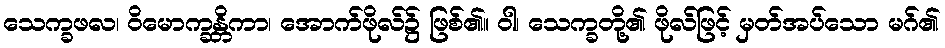
သေက္ခဖလ၊ ဝိမောက္ခန္တိကာ၊ အောက်ဖိုလ်၌ ဖြစ်၏။ ဝါ၊ သေက္ခတို့၏ ဖိုလ်ဖြင့် မှတ်အပ်သော မဂ်၏